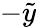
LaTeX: -\tilde{y}